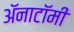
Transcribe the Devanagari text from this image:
अॅनाटॉमी